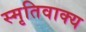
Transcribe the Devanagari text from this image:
स्मृतिवाक्य